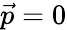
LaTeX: {\vec{p}}=0